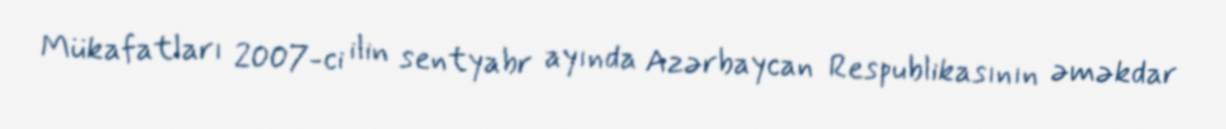
Mükafatları 2007-ci ilin sentyabr ayında Azərbaycan Respublikasının əməkdar